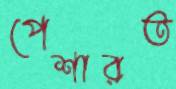
পেশারত